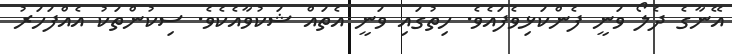
އޭނާގެ ދެލޯ ވަނީ ފެންކަޅިވެފައެވެ. ހިތުގައި ވަނީ އެތައް ޝަކުވާއެކެވެ. ސިކުންތަކު އެއްފަހަރު